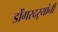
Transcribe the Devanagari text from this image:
डोंगरदऱ्यांनी